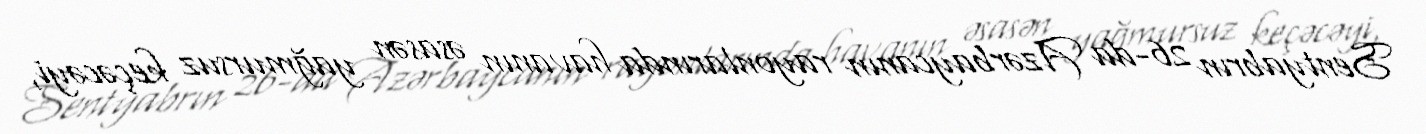
Sentyabrın 26-da Azərbaycanın rayonlarında havanın əsasən yağmursuz keçəcəyi,